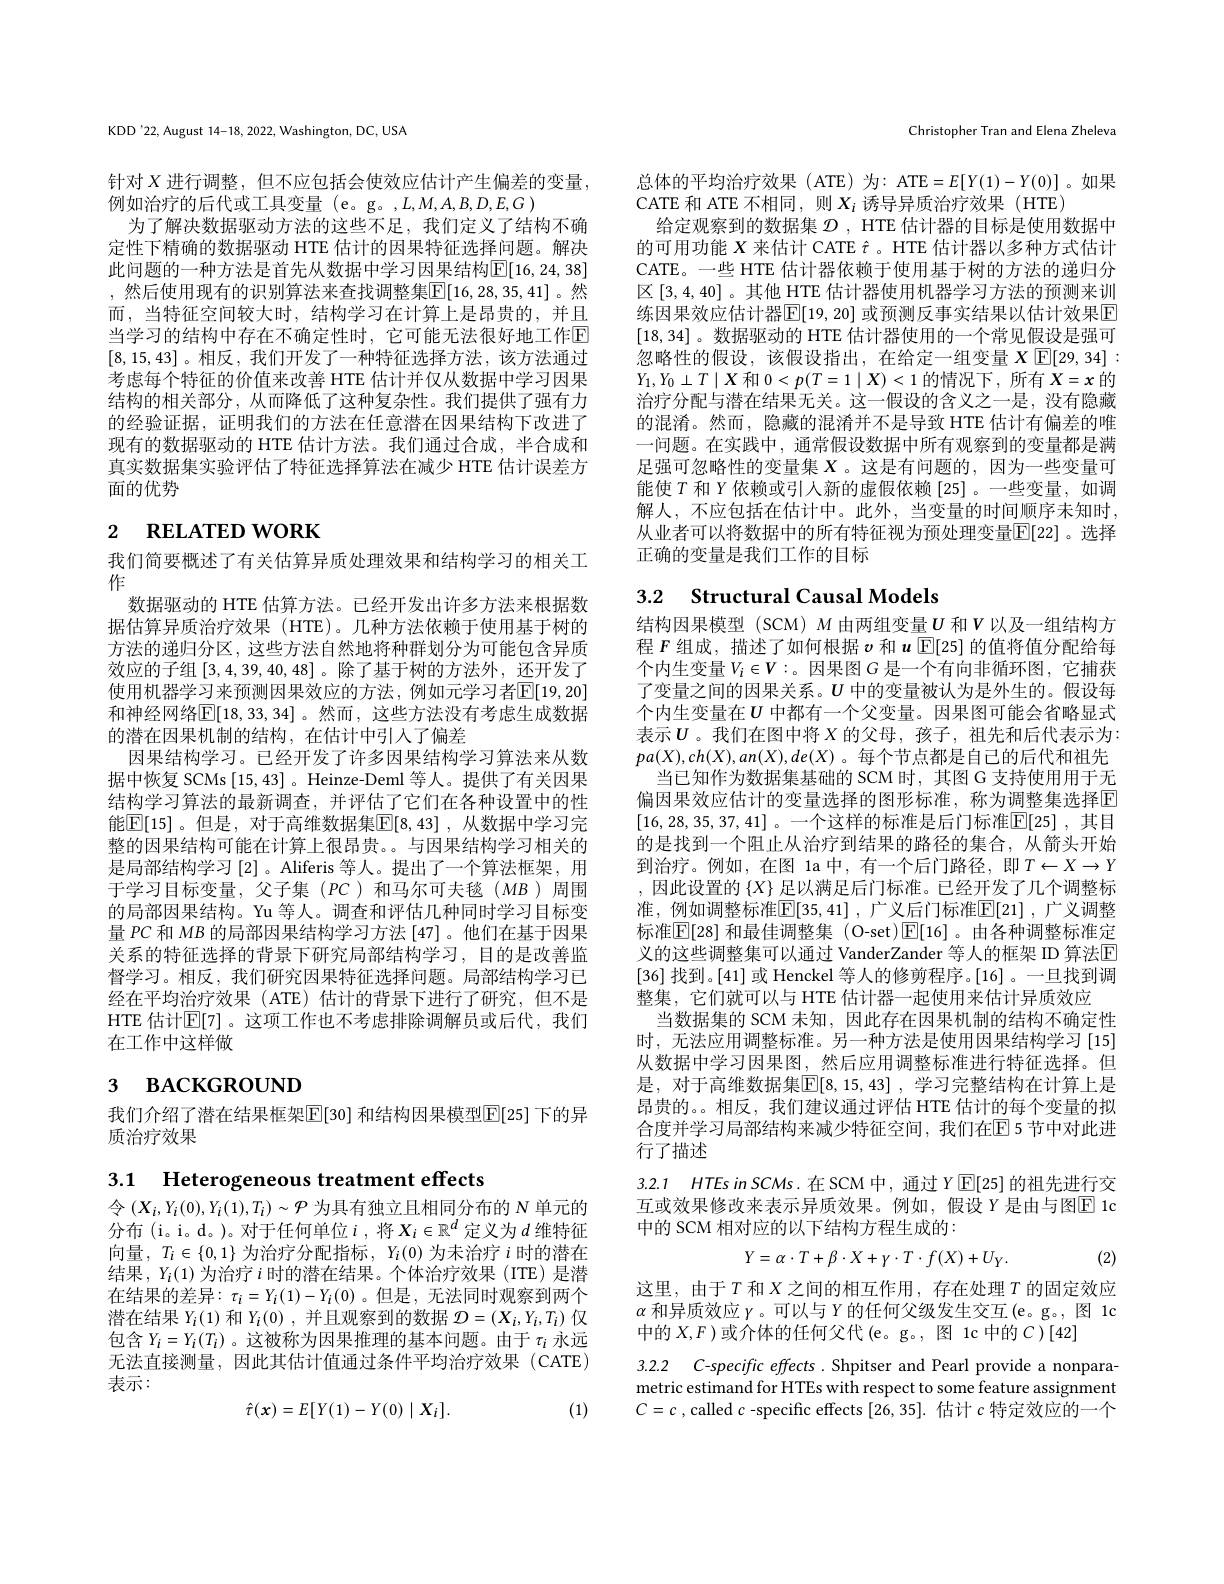
KDD'22, August 14-18, 2022, Washington, DC, USA

针对$X$进行调整，但不应包括会使效应估计产生偏差的变量，
例如治疗的后代或工具变量 (e。g。,L,M,A,B,D,E,G)
为了解决数据驱动方法的这些不足，我们定义了结构不确定性下精确的数据驱动 HTE 估计的因果特征选择问题。解决此问题的一种方法是首先从数据中学习因果结构$\mathbb{E}[16,24,38]$ ,然后使用现有的识别算法来查找调整集$\overline{\mathbb{E}}[16,28,35,41]$。然而，当特征空间较大时，结构学习在计算上是昂贵的，并且当学习的结构中存在不确定性时，它可能无法很好地工作$\overline{\mathrm{E}}$ [8,15,43]。相反，我们开发了一种特征选择方法，该方法通过考虑每个特征的价值来改善 HTE 估计并仅从数据中学习因果结构的相关部分，从而降低了这种复杂性。我们提供了强有力的经验证据，证明我们的方法在任意潜在因果结构下改进了现有的数据驱动的 HTE 估计方法。我们通过合成，半合成和真实数据集实验评估了特征选择算法在减少 HTE 估计误差方面的优势

# $_{2}$ RELATED WORK

我们简要概述了有关估算异质处理效果和结构学习的相关工
作
数据驱动的 HTE 估算方法。已经开发出许多方法来根据数据估算异质治疗效果(HTE)。几种方法依赖于使用基于树的方法的递归分区，这些方法自然地将种群划分为可能包含异质效应的子组$\left[3,4,39,40,48\right]$。除了基于树的方法外，还开发了使用机器学习来预测因果效应的方法，例如元学习者$\overline{\mathbb{E}}[19,20]$ 和神经网络$\overline{\mathbb{E}}[18,33,34]$。然而，这些方法没有考虑生成数据的潜在因果机制的结构，在估计中引入了偏差
因果结构学习。已经开发了许多因果结构学习算法来从数据中恢复 SCMs [15,43] 。Heinze-Deml 等人。提供了有关因果结构学习算法的最新调查，并评估了它们在各种设置中的性能$\boxed[15]$。但是，对于高维数据集$\boxed{\mathbb{E}}[8,43]$ ,从数据中学习完整的因果结构可能在计算上很昂贵。。与因果结构学习相关的是局部结构学习[2]。Aliferis 等人。提出了一个算法框架，用于学习目标变量，父子集(PC)和马尔可夫毯(MB)周围的局部因果结构。Yu 等人。调查和评估几种同时学习目标变量$PC$和$MB$的局部因果结构学习方法 [47]。他们在基于因果关系的特征选择的背景下研究局部结构学习，目的是改善监督学习。相反，我们研究因果特征选择问题。局部结构学习已经在平均治疗效果(ATE)估计的背景下进行了研究，但不是HTE 估计$\mathbb{E}[7]$。这项工作也不考虑排除调解员或后代，我们在工作中这样做

# $_{3}$ васкєкоимд

我们介绍了潜在结果框架$\mathbb{E}[$30] 和结构因果模型$\mathbb{E}[25]$ 下的异
质治疗效果

Christopher Tran and Elena Zheleva

总体的平均治疗效果(ATE)为：ATE$=E[Y(1)-Y(0)]$。如果
CATE 和 ATE 不相同，则$X_i$诱导异质治疗效果 (HTE)
给定观察到的数据集$\mathcal{D}$, HTE 估计器的目标是使用数据中的可用功能$X$来估计 CATE $\hat{\tau}$ 。HTE 估计器以多种方式估计CATE。一些 HTE 估计器依赖于使用基于树的方法的递归分区[3,4,40]。其他 HTE 估计器使用机器学习方法的预测来训练因果效应估计器$\boxed{\mathbb{E}}[19,20]$ 或预测反事实结果以估计效果$\boxed{\mathbb{E}}$ [18,34]。数据驱动的 HTE 估计器使用的一个常见假设是强可忽略性的假设，该假设指出，在给定一组变量$X$ $\mathbb{E}[29,34]:$ $Y_{1},Y_{0}\perp T\mid X$和$0<p(T=1\mid X)<1$的情况下，所有$X=x$的治疗分配与潜在结果无关。这一假设的含义之一是，没有隐藏的混淆。然而，隐藏的混淆并不是导致 HTE 估计有偏差的唯一问题。在实践中，通常假设数据中所有观察到的变量都是满足强可忽略性的变量集$X$ 。这是有问题的，因为一些变量可能使$T$和$Y$依赖或引人新的虚假依赖 [25]。一些变量，如调解人，不应包括在估计中。此外，当变量的时间顺序未知时， 从业者可以将数据中的所有特征视为预处理变量$\overline{\mathbb{E}}[22]$。选择正确的变量是我们工作的目标

# 3.2 $\textbf{Structural Causal Models}$

结构因果模型(SCM) $M$ 由两组变量$U$ 和$V$ 以及一组结构方程$F$组成，描述了如何根据$v$和$u$ $\mathbb{E}[25]$的值将值分配给每个内生变量$V_i\in V:$。因果图$G$是一个有向非循环图，它捕获了变量之间的因果关系。$U$中的变量被认为是外生的。假设每个内生变量在$U$ 中都有一个父变量。因果图可能会省略显式表示$U$。我们在图中将 $X$ 的父母，孩子，祖先和后代表示为： $pa(X),ch(X),an(X),de(X)$。每个节点都是自己的后代和祖先
当已知作为数据集基础的 SCM 时，其图 G 支持使用用于无偏因果效应估计的变量选择的图形标准，称为调整集选择$\overline{\mathrm{E}}$ [16,28,35,37,41] 。一个这样的标准是后门标准$\mathbb{E}[25]$ ,其目的是找到一个阻止从治疗到结果的路径的集合，从箭头开始到治疗。例如，在图 1a 中，有一个后门路径，即$T\leftarrow X\rightarrow Y$ ,因此设置的 $\{X\}$ 足以满足后门标准。已经开发了几个调整标准，例如调整标准$\boxed[35,41]$ ,广义后门标准$\boxed{\mathrm{E}}[21]$ ,广义调整标准$\boxed{\mathbb{E}}[28]$ 和最佳调整集 (O-set)$\boxed{\mathbb{E}}[16]$。由各种调整标准定义的这些调整集可以通过 VanderZander 等人的框架 ID 算法$\overline{\mathrm{E}}$ [36] 找到。[41] 或 Henckel 等人的修剪程序。[16] 。一旦找到调整集，它们就可以与 HTE 估计器一起使用来估计异质效应
当数据集的 SCM 未知，因此存在因果机制的结构不确定性时，无法应用调整标准。另一种方法是使用因果结构学习[15] 从数据中学习因果图，然后应用调整标准进行特征选择。但是，对于高维数据集$\boxed{\mathbb{E} }[ 8, 15, 43]$ , 学习完整结构在计算上是昂贵的。。相反，我们建议通过评估 HTE 估计的每个变量的拟合度并学习局部结构来减少特征空间，我们在$\overline{\mathrm{E}}$ 5 节中对此进行了描述

3.2.1 $HTEsinSCMs. 在 SCM$ 中，通过$Y\boxtimes[25]$ 的祖先进行交互或效果修改来表示异质效果。例如，假设 $Y$ 是由与图$\overline{\mathrm{F}}$ 1c 中的 SCM 相对应的以下结构方程生成的：
$$Y=\alpha\cdot T+\beta\cdot X+\gamma\cdot T\cdot f(X)+U_{Y}.$$
(2)

这里，由于$T$ 和$X$ 之间的相互作用，存在处理$T$ 的固定效应$\alpha$和异质效应$\gamma$。可以与$Y$的任何父级发生交互(e。g。, 图 1c 中的$X,F$ )或介体的任何父代(e。g。, 图 1c 中的$C)[42]$

3.2.2 C-specific effects. Shpitser and Pearl provide a nonparametric estimand for HTEs with respect to some feature assignment $C=c$ , called $c$ -specific effects [26,35]. 估计$c$特定效应的一个

3.1 Heterogeneous treatment effects
令$(X_i,Y_i(0),Y_i(1),T_i)\sim\mathcal{P}$为具有独立且相同分布的$N$单元的分布 (i。i。d。)。对于任何单位$i$ ,将$X_i\in\mathbb{R}^d$定义为$d$维特征向量$,T_i\in\{0,1\}$为治疗分配指标$,Y_i(0)$为未治疗$i$时的潜在结果$,Y_i(1)$为治疗$i$时的潜在结果。个体治疗效果 (ITE)是潜在结果的差异$:\tau_i=Y_i(1)-Y_i(0)$ 。但是 , 无法同时观察到两个潜在结果$Y_i(1)$和$Y_i(0)$,并且观察到的数据$\mathcal{D}=\left(X_i,Y_i,T_i\right)$仅包含$Y_i=Y_i(T_i)$ 。这被称为因果推理的基本问题。由于$\tau_i$永远无法直接测量，因此其估计值通过条件平均治疗效果(CATE) 表示：

(1)
$$\hat{\tau}(x)=E[Y(1)-Y(0)\mid X_i].$$